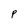
Character: P